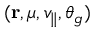
( \mathbf { r } , \mu , v _ { \parallel } , \theta _ { g } )